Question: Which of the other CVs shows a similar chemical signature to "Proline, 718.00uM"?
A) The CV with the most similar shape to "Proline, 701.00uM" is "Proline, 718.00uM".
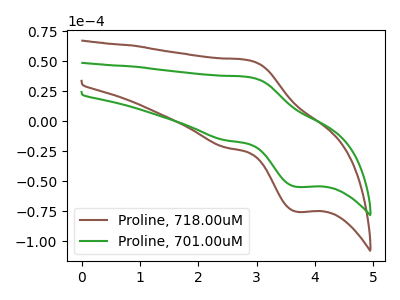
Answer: <think>The brown curve "Proline, 718.00uM" has an anodic peak at (2.85V, 51.05uA) and a cathodic peak at (3.70V, -75.45uA). The green curve "Proline, 701.00uM" has an anodic peak at (2.85V, 36.95uA) and a cathodic peak at (3.70V, -54.65uA).
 All the peaks in "Proline, 718.00uM" have a peak in "Proline, 701.00uM" at the same potential. Every peak in "Proline, 718.00uM" is higher than every peak in "Proline, 701.00uM".</think>
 <answer>A) The CV with the most similar shape to "Proline, 701.00uM" is "Proline, 718.00uM".</answer>
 <eval>A</eval>